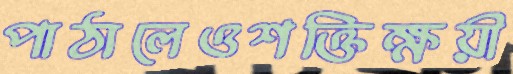
পাঠালেওশক্তিক্ষয়ী